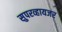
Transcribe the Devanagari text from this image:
सुपरव्हायजर